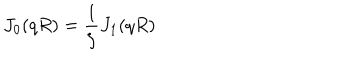
LaTeX: J _ { 0 } ( q R ) = \frac { 1 } { \zeta } J _ { 1 } ( q R )